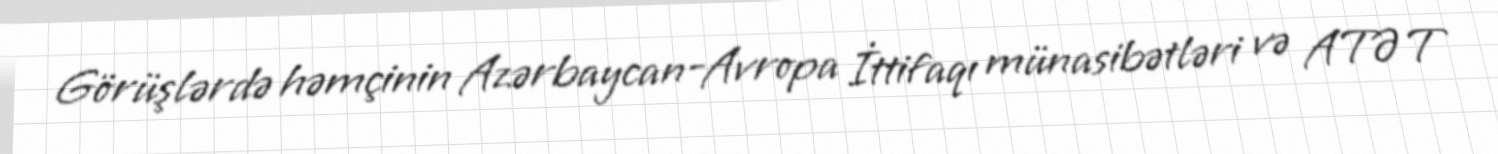
Görüşlərdə həmçinin Azərbaycan-Avropa İttifaqı münasibətləri və ATƏT